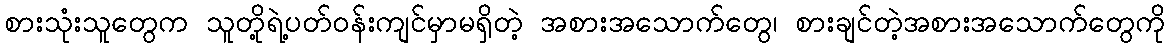
စားသုံးသူတွေက သူတို့ရဲ့ပတ်ဝန်းကျင်မှာမရှိတဲ့ အစားအသောက်တွေ၊ စားချင်တဲ့အစားအသောက်တွေကို